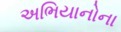
અભિયાનોના